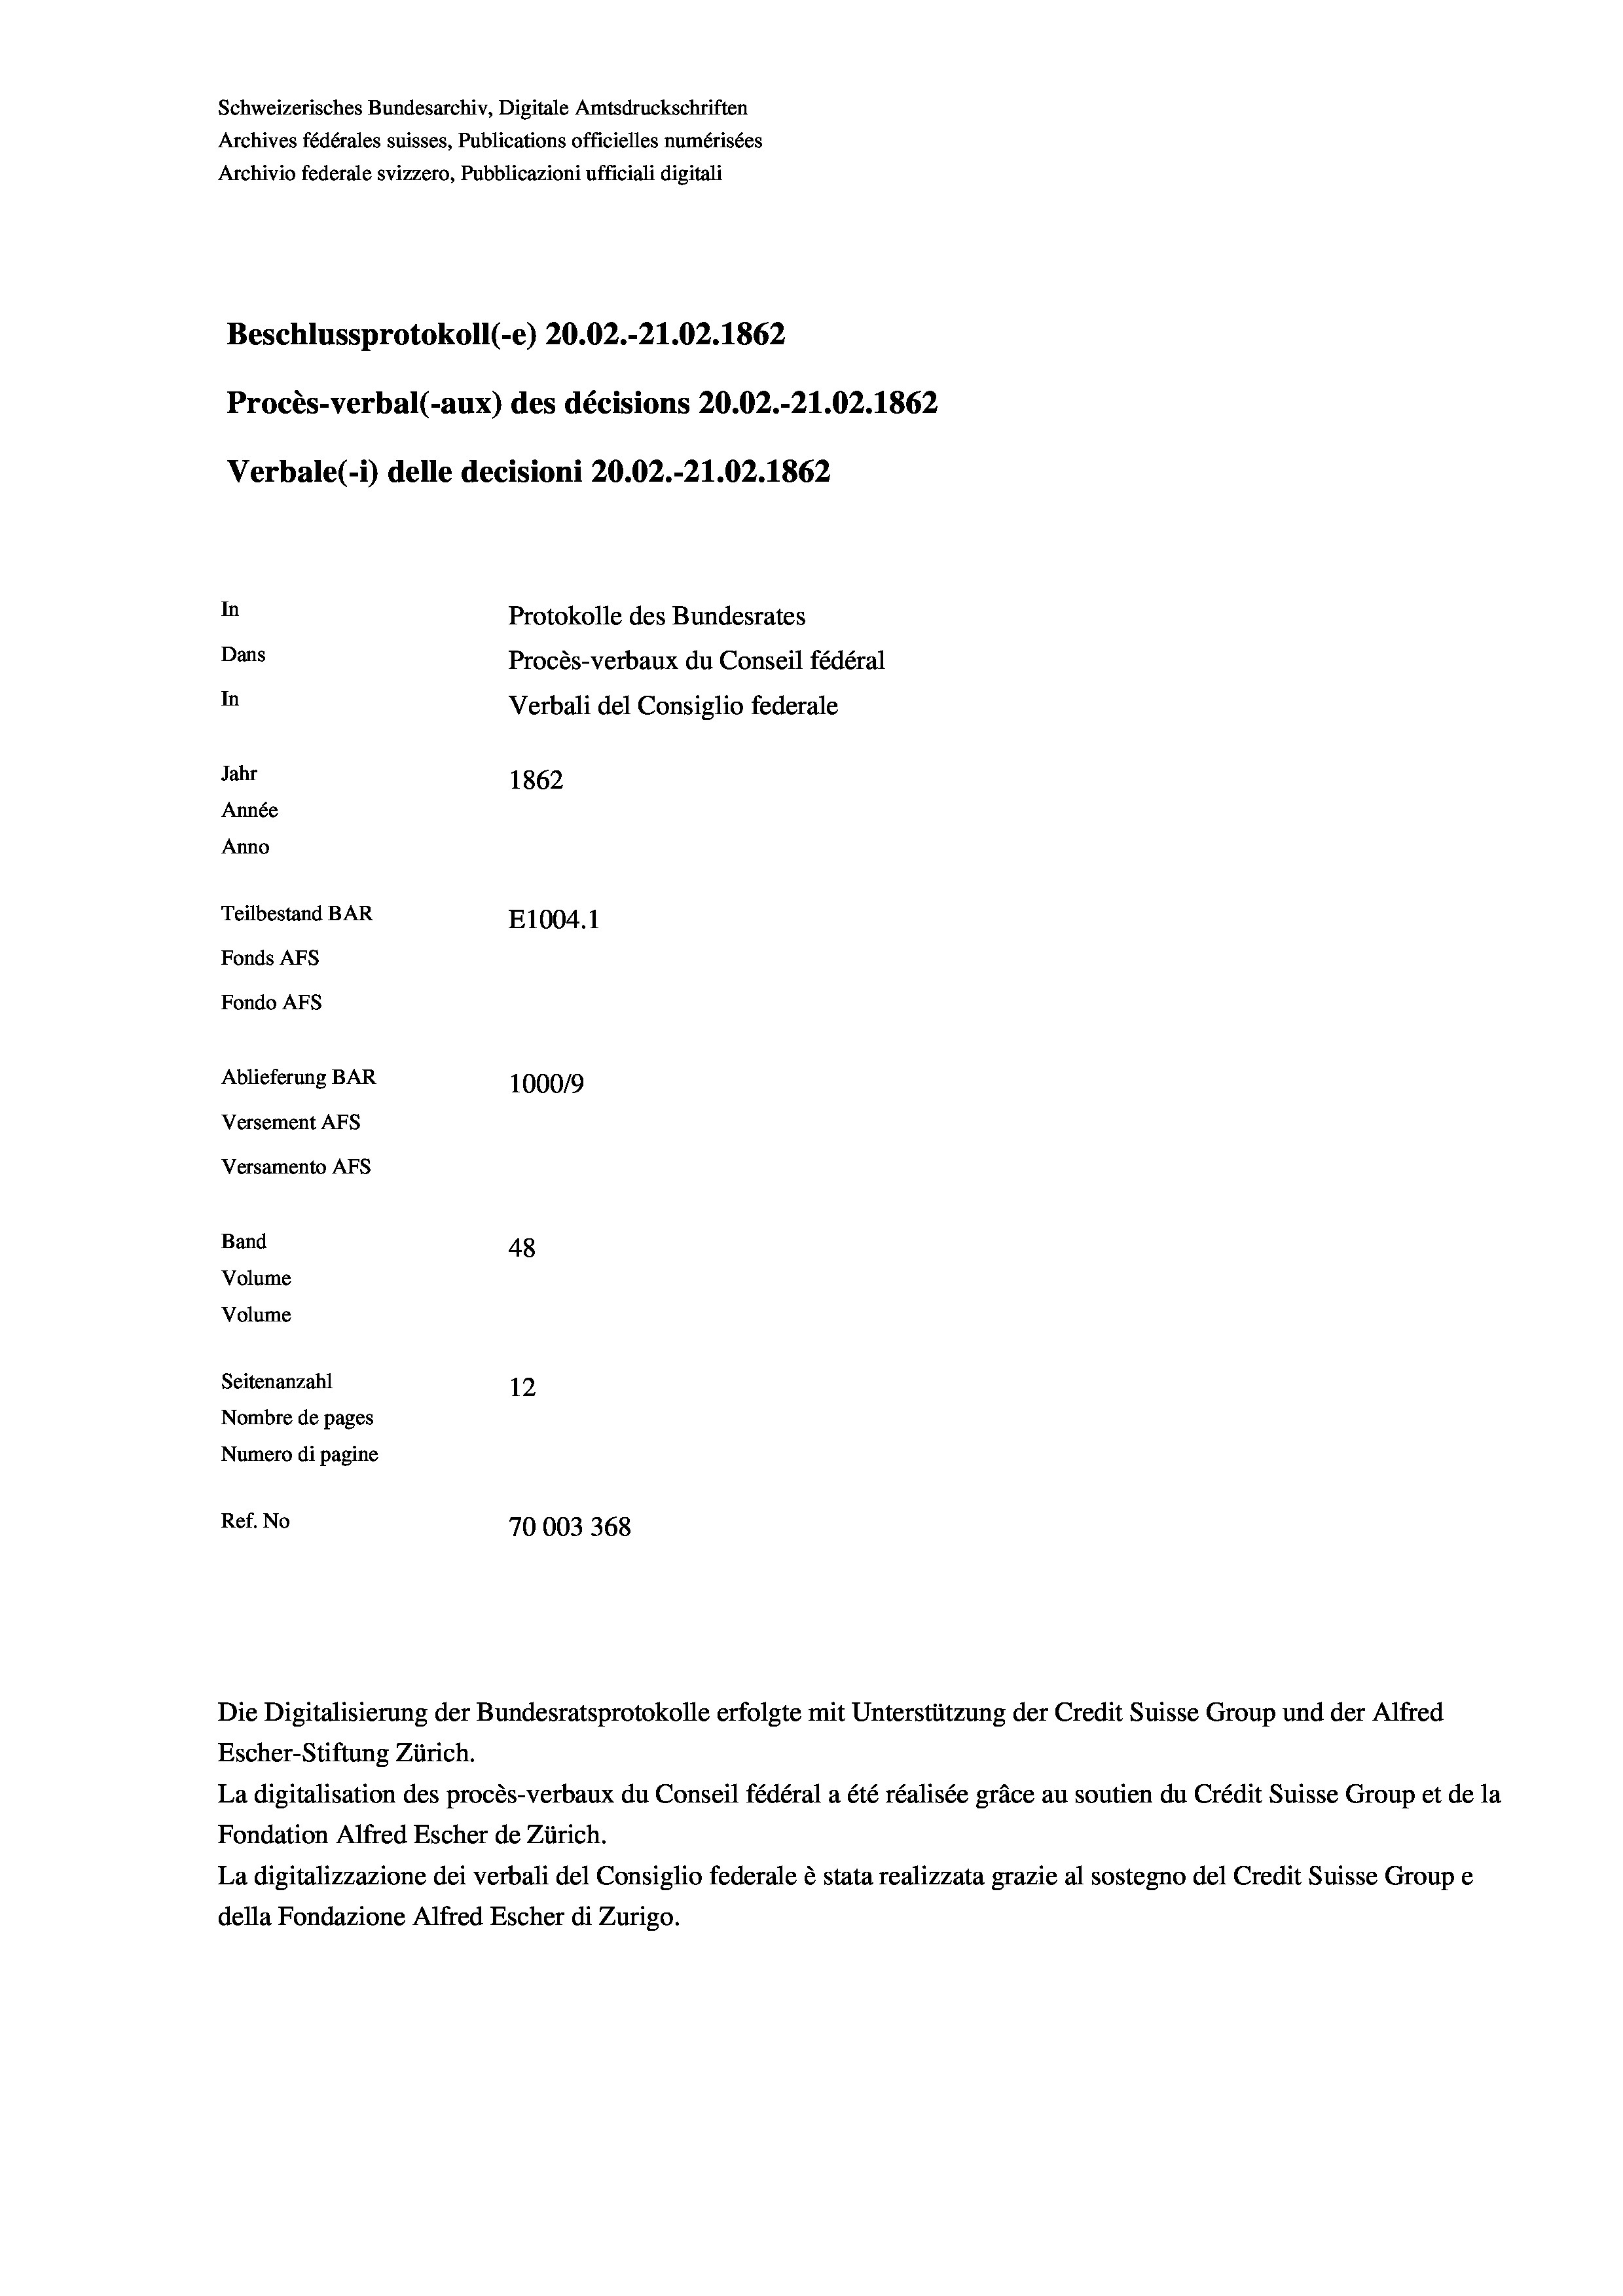
Beschlussprotokoll (e) 20.02.-21.02. 1862
Procès-verbal (-aux) des décisions 20.02.-21.02. 1862
Verbale(*) delle decisioni 20.02.-21.02. 1862
In
Protokolle des Bundesrates
Dans
Procès-verbaux du Conseil fédéral
In
Verbali del Consiglio federale
Jahr
1862
Année
Anno
Teilbestand BAR
E1004. 1
Fonds AFs
Fondo AFs
Ablieferung BAR
100019
Versement AFs
Versamento Afs

48
Seitenanzahl
12
Nombre de pages
Numero di pagine
Ref. No
70003368

Archivio federale svizzero, Pubblicazioni ufficiali digitali

Band
Volume
Volume

Schweizerisches Bundesarchiv, Digitale Amtsdruckschriften
Archives fédérales suisses, Publications officielles numérisées

Die Digitalisierung der Bundesratsprotokolle erfolgte mit Unterstützung der Credit Suisse Group und der Alfred

Escher-Stiftung Zürich.
La digitalisation des procès-verbaux du Conseil fédéral a été réalisée gräce au soutien du Crédit Suisse Group et de la
Fondation Alfred Escher de Zürich.
La digitalizzazione dei verbali del Consiglio federale è stata realizzata grazie al sostegno del Credit Suisse Groupe
della Fondazione Alfred Escher di Zurigo.